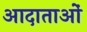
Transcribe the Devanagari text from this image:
आदाताओं